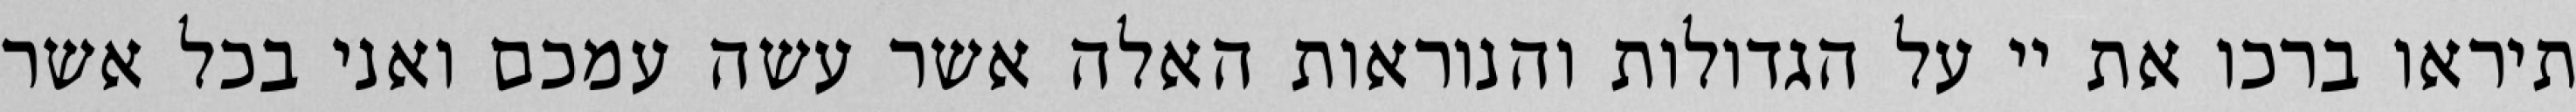
תיראו ברכו את יי על הגדולות והנוראות האלה אשר עשה עמכם ואני בכל אשר